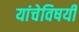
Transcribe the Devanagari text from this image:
यांचेविषयी